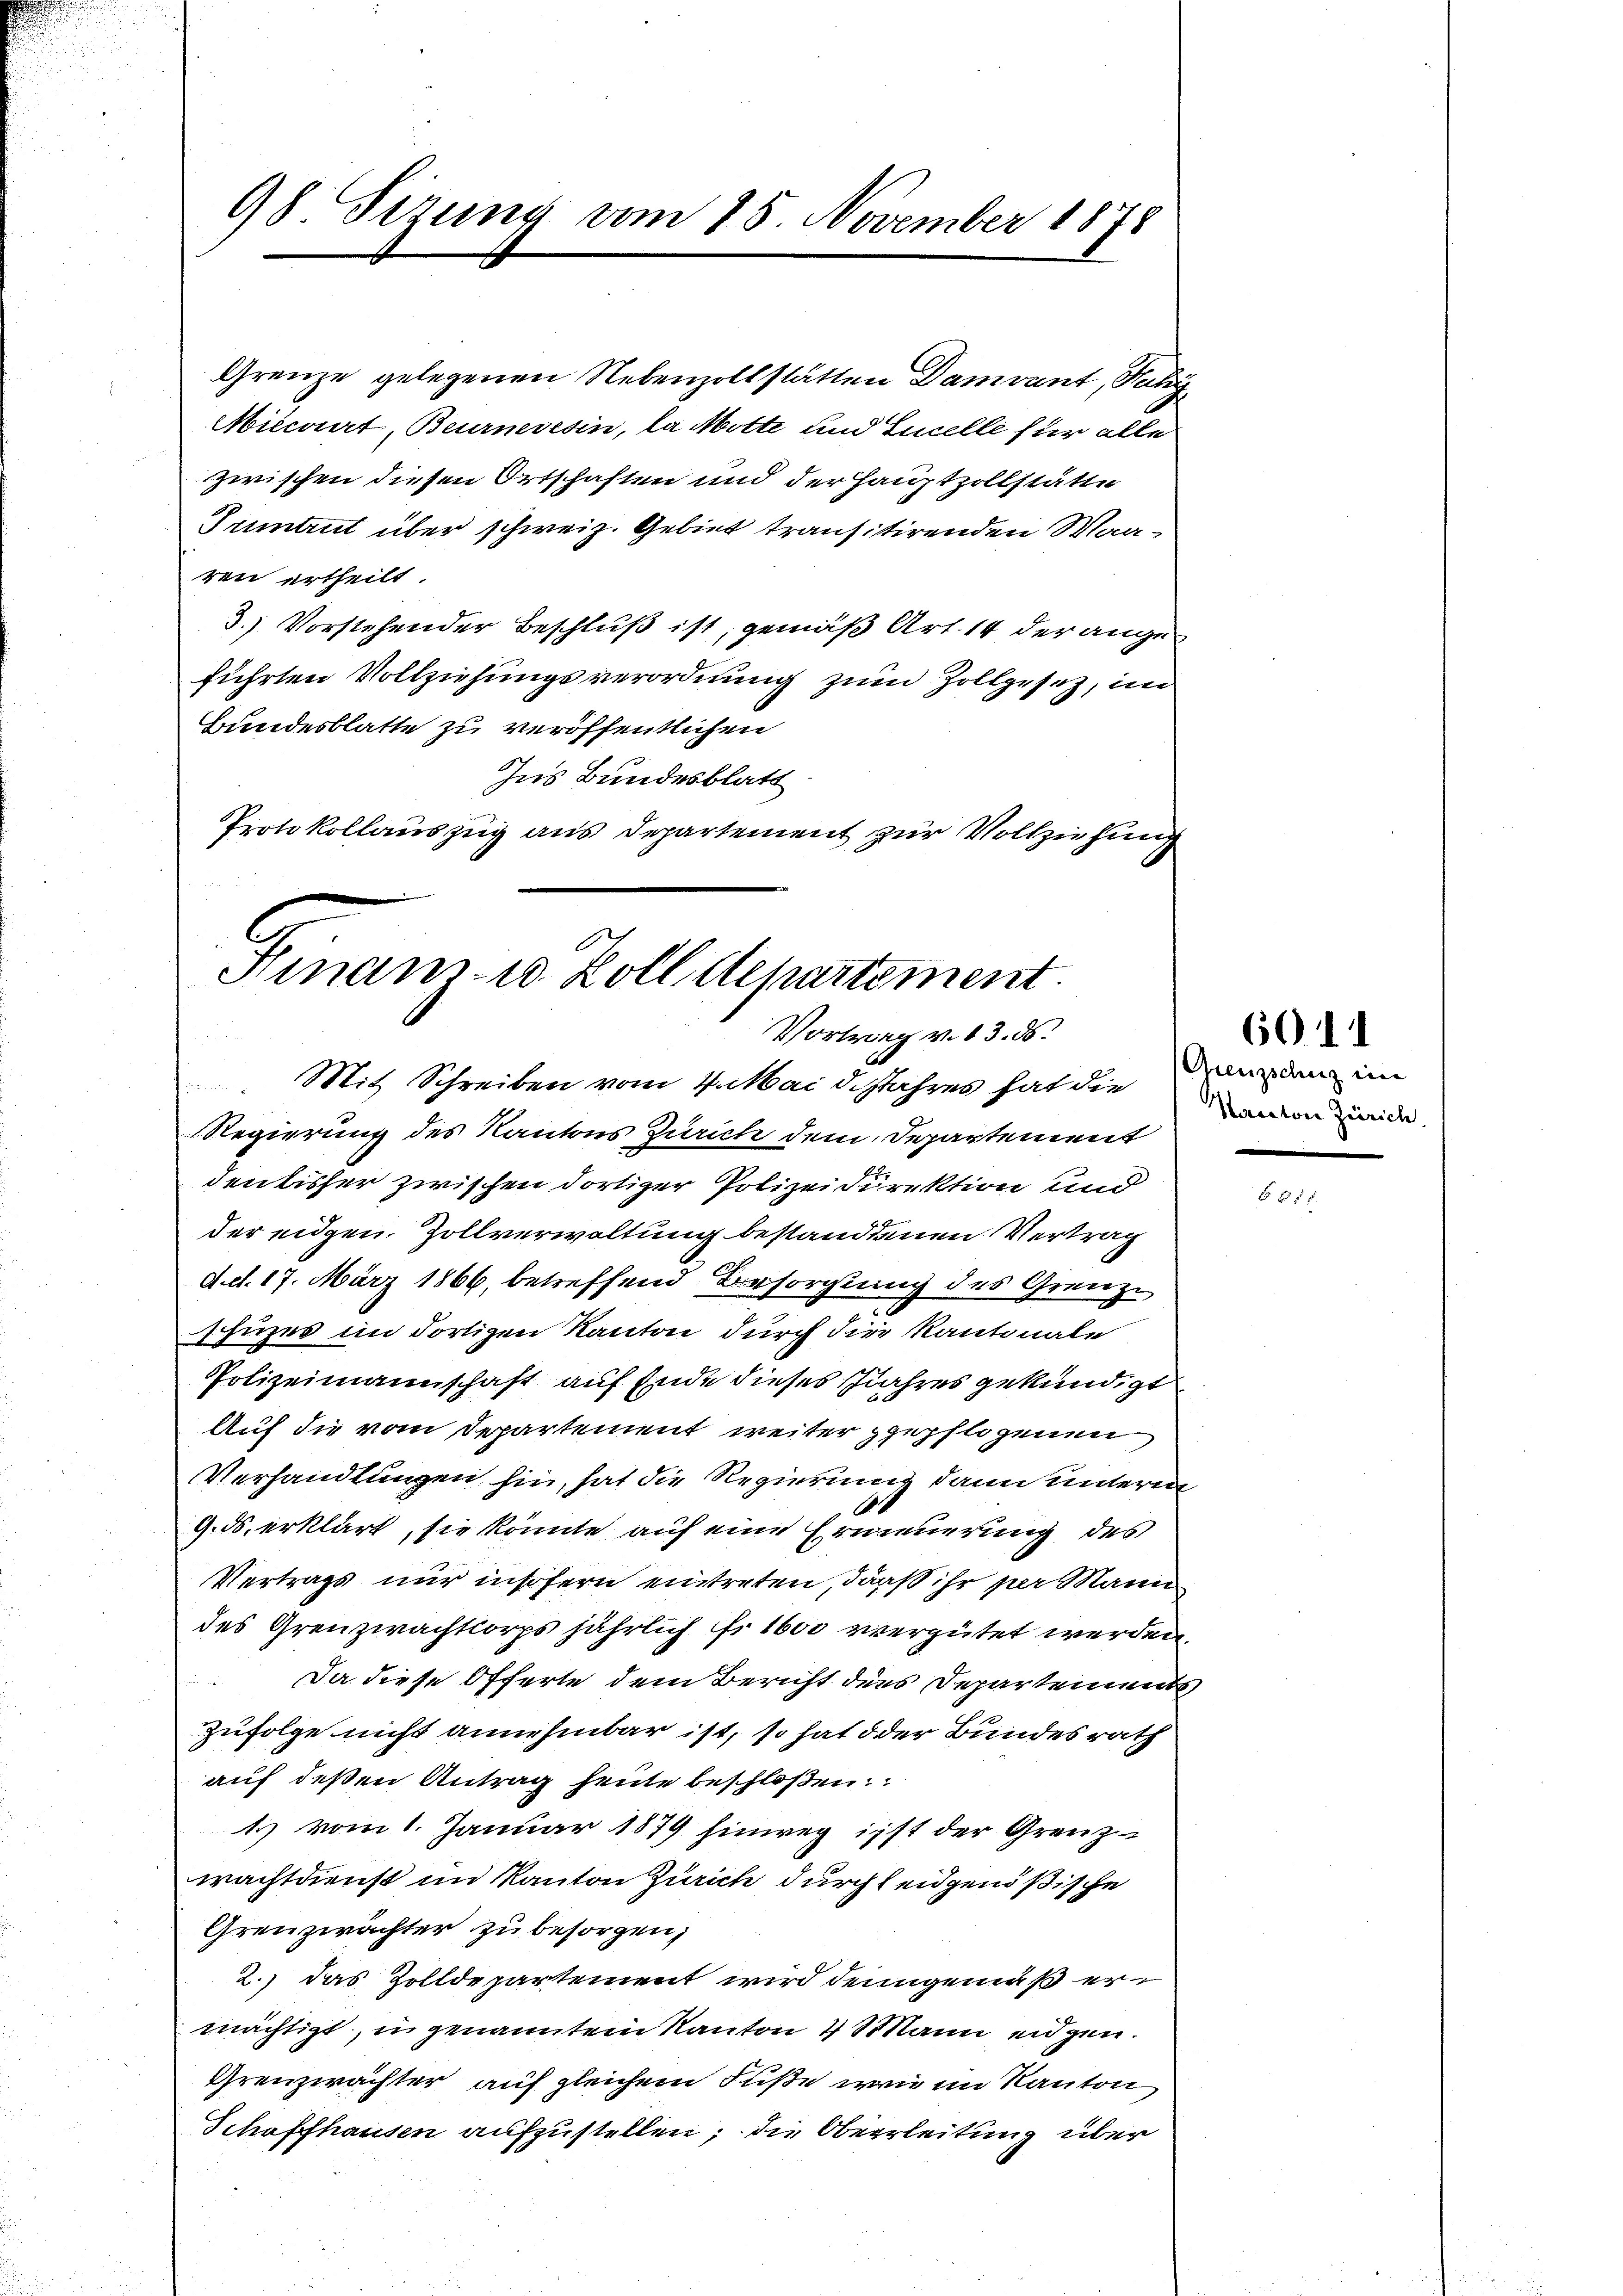
98 Sizung vom 15. November 1878

Grenze gelegenen Nebenzollstätten Damvant, Raky
Miecorirt, Beurneresin, la Motte und Excelle für alle
zwischen diesen Ortschaften und der Hauptzollstätte
Sument über schweiz. Gebiet transitirenden Waaren ertheilt.
3.) Vorstehender Beschluß ist, gemäß Art. 14 der angeführten Vollziehungsverordnung zum Zollgesetz, im
Bundesblatte zu veröffentlichen
Ins Bundesblatt
Protokollauszug aus Departement zur Vollziehung

.
Amnan- u. Zolldepartement.
Vortrag v. 13. ds.
Mit Schreiben vom 4. Mai d. Jahres hat die

Regierung des Kantons Zürich dem Departement
den bisher zwischen dortiger Polizeidirektion und
der eigen. Zollverwaltung bestandenen Vertrag
d. d. 17. März 1866, betreffend Besorgung des Grenze
schuzes im dortigen Kanton durch die Kantonale
Polizeimannschaft auf Ende dieses Jahres gekündigt
Auf die vom Departement weiter gepflogenen
Verhandlungen hin, hat die Regierung dann unterm
1
9. ds. erklärt, sie könnte auf eine Erneuerung des
Vertrags nur insofern eintreten, daß ihr per Mann
des Grenzwachtkorps jährlich fitbor vergütet werden.
Da diese Offerte dem Bericht dies Departements,
Zufolge nicht annehmbar ist, so hat d der Bundesrath
auf deßen Antrag heute beschloßen:
1) vom 1. Januar 1879 hinweg ist der Grenz-
wachtdienst im Kanton Zürich durch leidgenößische
Grenzwachter zu besorgen,
2.) das Zolldepartement wird demgemäß ermächtigt, in genanntem Kanton 4 Mann eidgen.
Grenzwächter auf gleichem Fuße wir im Kanton
Schaffhausen aufzustellen; die Oberleitung über

6011
Grenzschung ein
Kanton Zürich.